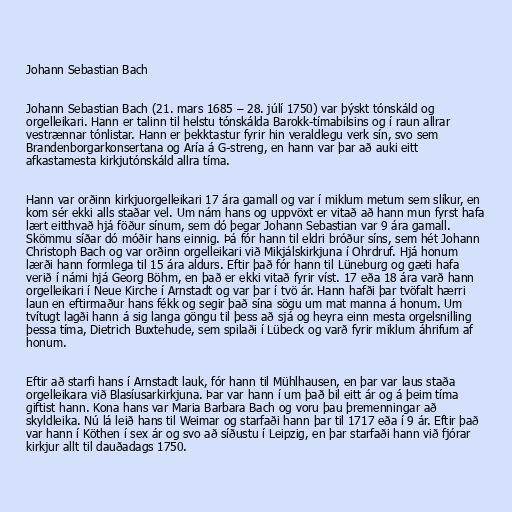
Johann Sebastian Bach

Johann Sebastian Bach (21. mars 1685 – 28. júlí 1750) var þýskt tónskáld og
orgelleikari. Hann er talinn til helstu tónskálda Barokk-tímabilsins og í raun allrar
vestrænnar tónlistar. Hann er þekktastur fyrir hin veraldlegu verk sín, svo sem
Brandenborgarkonsertana og Aría á G-streng, en hann var þar að auki eitt
afkastamesta kirkjutónskáld allra tíma.

Hann var orðinn kirkjuorgelleikari 17 ára gamall og var í miklum metum sem slíkur, en
kom sér ekki alls staðar vel. Um nám hans og uppvöxt er vitað að hann mun fyrst hafa
lært eitthvað hjá föður sínum, sem dó þegar Johann Sebastian var 9 ára gamall.
Skömmu síðar dó móðir hans einnig. Þá fór hann til eldri bróður síns, sem hét Johann
Christoph Bach og var orðinn orgelleikari við Mikjálskirkjuna í Ohrdruf. Hjá honum
lærði hann formlega til 15 ára aldurs. Eftir það fór hann til Lüneburg og gæti hafa
verið í námi hjá Georg Böhm, en það er ekki vitað fyrir víst. 17 eða 18 ára varð hann
orgelleikari í Neue Kirche í Arnstadt og var þar í tvö ár. Hann hafði þar tvöfalt hærri
laun en eftirmaður hans fékk og segir það sína sögu um mat manna á honum. Um
tvítugt lagði hann á sig langa göngu til þess að sjá og heyra einn mesta orgelsnilling
þessa tíma, Dietrich Buxtehude, sem spilaði í Lübeck og varð fyrir miklum áhrifum af
honum.

Eftir að starfi hans í Arnstadt lauk, fór hann til Mühlhausen, en þar var laus staða
orgelleikara við Blasíusarkirkjuna. Þar var hann í um það bil eitt ár og á þeim tíma
giftist hann. Kona hans var Maria Barbara Bach og voru þau þremenningar að
skyldleika. Nú lá leið hans til Weimar og starfaði hann þar til 1717 eða í 9 ár. Eftir það
var hann í Köthen í sex ár og svo að síðustu í Leipzig, en þar starfaði hann við fjórar
kirkjur allt til dauðadags 1750.